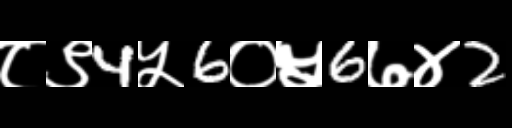
Text: ८९4५6०५6७४2